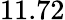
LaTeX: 11.72